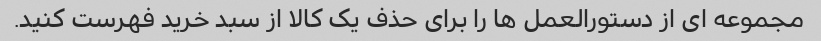
مجموعه ای از دستورالعمل ها را برای حذف یک کالا از سبد خرید فهرست کنید.